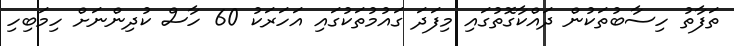
ތަފާތު ހިސާބުތަކުން ދައްކާގޮތުގައި މިފަދަ ގައުމުތަކުގައި އަހަރަކު 60 ހާސް ކުދިންނަށް ހިމަބިހި